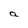
Character: a